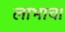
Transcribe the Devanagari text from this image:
लाभाचा